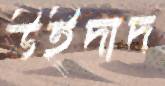
উইদাদ